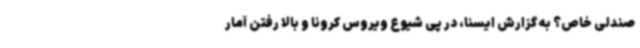
صندلی خاص؟ به گزارش ایسنا، در پی شیوع ویروس کرونا و بالا رفتن آمار